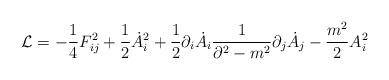
LaTeX: \begin{align*}{\cal L}=- \frac{1}{4} F_{ij}^2 +\frac{1}{2} {\dot A_i}^2 + \frac{1}{2}\partial_i{\dot A_i}\frac{1}{\partial^2 -m^2}\partial_j{\dot A_j} -\frac{m^2}{2}A_i^2 \end{align*}